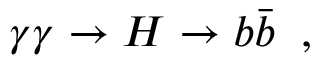
\gamma \gamma \to H \to b \bar { b } \; \; ,